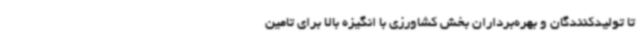
تا تولیدکنندگان و بهره‌برداران بخش کشاورزی با انگیزه بالا برای تامین